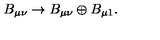
B _ { \mu \nu } \to B _ { \mu \nu } \oplus B _ { \mu 1 } .